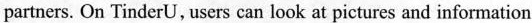
partners. On TinderU, users can look at pictures and information